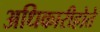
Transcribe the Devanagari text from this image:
अधिकारीहोते